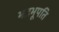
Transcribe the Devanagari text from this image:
भद्रभूपति